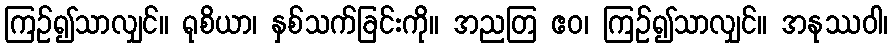
ကြဉ်၍သာလျှင်။ ရုစိယာ၊ နှစ်သက်ခြင်းကို။ အညတြ ဧဝ၊ ကြဉ်၍သာလျှင်။ အနုဿဝါ၊